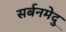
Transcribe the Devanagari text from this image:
सर्बनमेदु